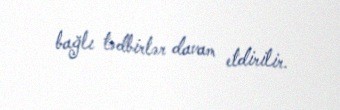
bağlı tədbirlər davam etdirilir.